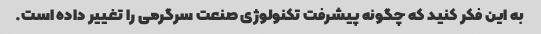
به این فکر کنید که چگونه پیشرفت تکنولوژی صنعت سرگرمی را تغییر داده است.